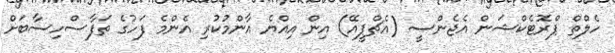
ހެލްތް ޕްރޮޓެކްޝަން އެޖެންސީ (އެޗްޕީއޭ) އިން އިއްޔެ އާންމުކުރި އެންމެ ފަހުގެ ތަފާސްހިސާބަށް